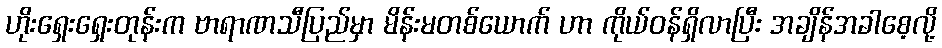
ဟိုးရှေးရှေးတုန်းက ဗာရာဏသီပြည်မှာ မိန်းမတစ်ယောက် ဟာ ကိုယ်ဝန်ရှိလာပြီး အချိန်အခါစေ့လို့